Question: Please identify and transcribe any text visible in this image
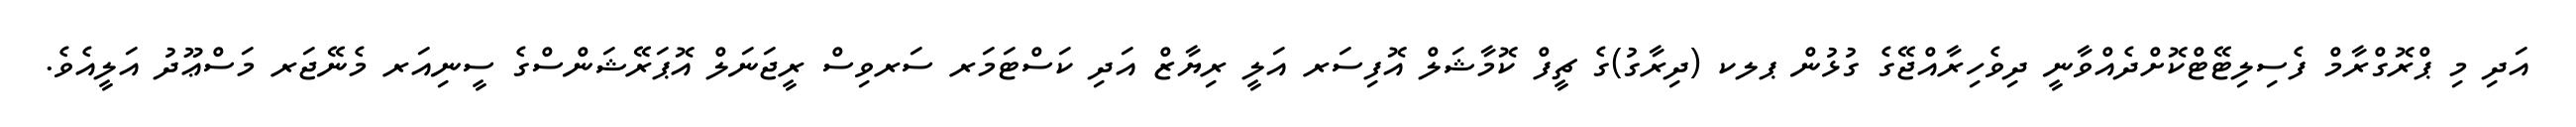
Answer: އަދި މި ޕްރޮގްރާމް ފެސިލިޓޭޓްކޮށްދެއްވާނީ ދިވެހިރާއްޖޭގެ ގުޅުން ޕލކ (ދިރާގު)ގެ ޗީފް ކޮމާޝަލް އޮފިސަރ އަލީ ރިޔާޒް އަދި ކަސްޓަމަރ ސަރވިސް ރީޖަނަލް އޮޕަރޭޝަންސްގެ ސީނިއަރ މެނޭޖަރ މަސްޢޫދު އަލީއެވެ.